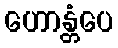
ဟောန္တံပေ